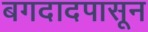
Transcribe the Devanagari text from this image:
बगदादपासून